Mental hospitals Bombay report 1921-28 - 1921-1928
Year: 1921
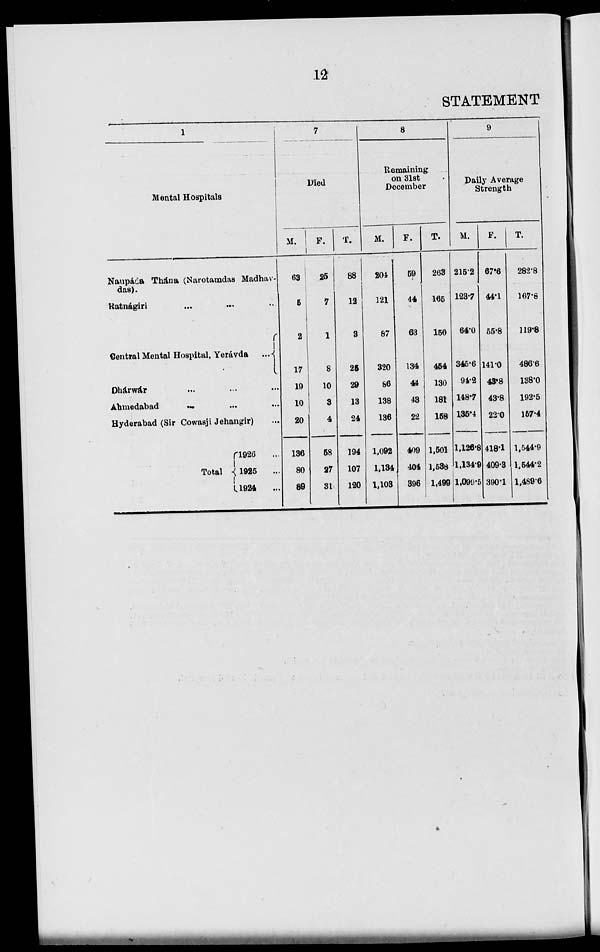
12
STATEMENT
1
Mental Hospitals
Naupáda Thána (Narotamdas Madhav-
das).
Ratnágiri ... ... ...
Central Mental Hospital, Yerávda
...
Dhárwár ... ... ...
Abmedabad ... ... ...
Hyderabad (Sir Cowasji Jehangir) ...
Total
1926 ...
1925 ...
1924 ...
7
Died
M.
63
5
2
17
19
10
20
136
80
89
F.
25
7
1
8
10
3
4
58
27
31
T.
88
12
3
25
29
13
24
194
107
120
8
Remaining
on 31st
December
M.
204
121
87
320
86
138
136
1,092
1,134
1,103
F.
59
44
63
134
44
43
22
409
404
396
T.
263
165
150
454
130
181
158
1,501
1,538
1,499
9
Daily Average
Strength
M.
215.2
123.7
64.0
345.6
94.2
148.7
135.4
1,126.8
1,134.9
1,099.5
F.
67.6
44.1
55.8
141.0
43.8
43.8
22.0
418.1
409.3
390.1
T.
282.8
167.8
119.8
486.6
138.0
192.5
157.4
1,544.9
1,544.2
1,489.6